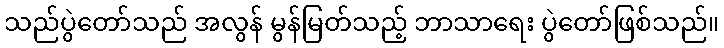
သည်ပွဲတော်သည် အလွန် မွန်မြတ်သည့် ဘာသာရေး ပွဲတော်ဖြစ်သည်။